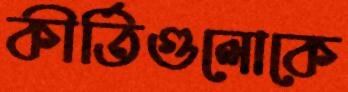
কীর্তিগুলোকে